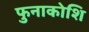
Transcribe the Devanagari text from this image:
फुनाकोशि